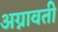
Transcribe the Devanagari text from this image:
अग्नावती